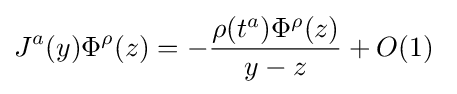
J^{a}(y)\Phi ^{\rho }(z)=-{\frac {\rho (t^{a})\Phi ^{\rho }(z)}{y-z}}+O(1)\